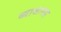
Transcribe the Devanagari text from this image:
व्याजासह